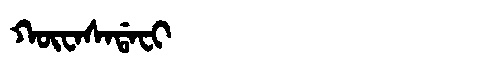
Manchu: ᡴᡡᠸᠠᠰᠠᡩᠠᠸᡳ
Romanization: KŪWASADAFI